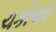
ચકોચર